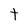
Character: t